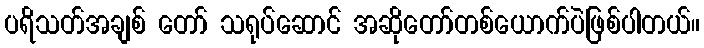
ပရိသတ်အချစ် တော် သရုပ်ဆောင် အဆိုတော်တစ်ယောက်ပဲဖြစ်ပါတယ်။